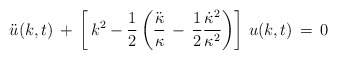
\begin{align*}\ddot{u}(k,t) \, + \, \left [ \, k^2 - {1 \over 2} \left ( {\ddot{\kappa} \over \kappa} \, - \, {1\over 2} {\dot{\kappa}^2 \over \kappa^2} \right )\right ] \, u(k,t) \, = \, 0\end{align*}